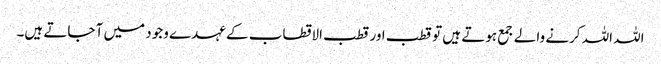
اللہ اللہ کرنے والے جمع ہوتے ہیں تو قطب اور قطب الاقطاب کے عہدے وجود میں آ جاتے ہیں۔